65_HS1-834228961_62-HQ-83894_Section_6
Agency: FBI
Page 256
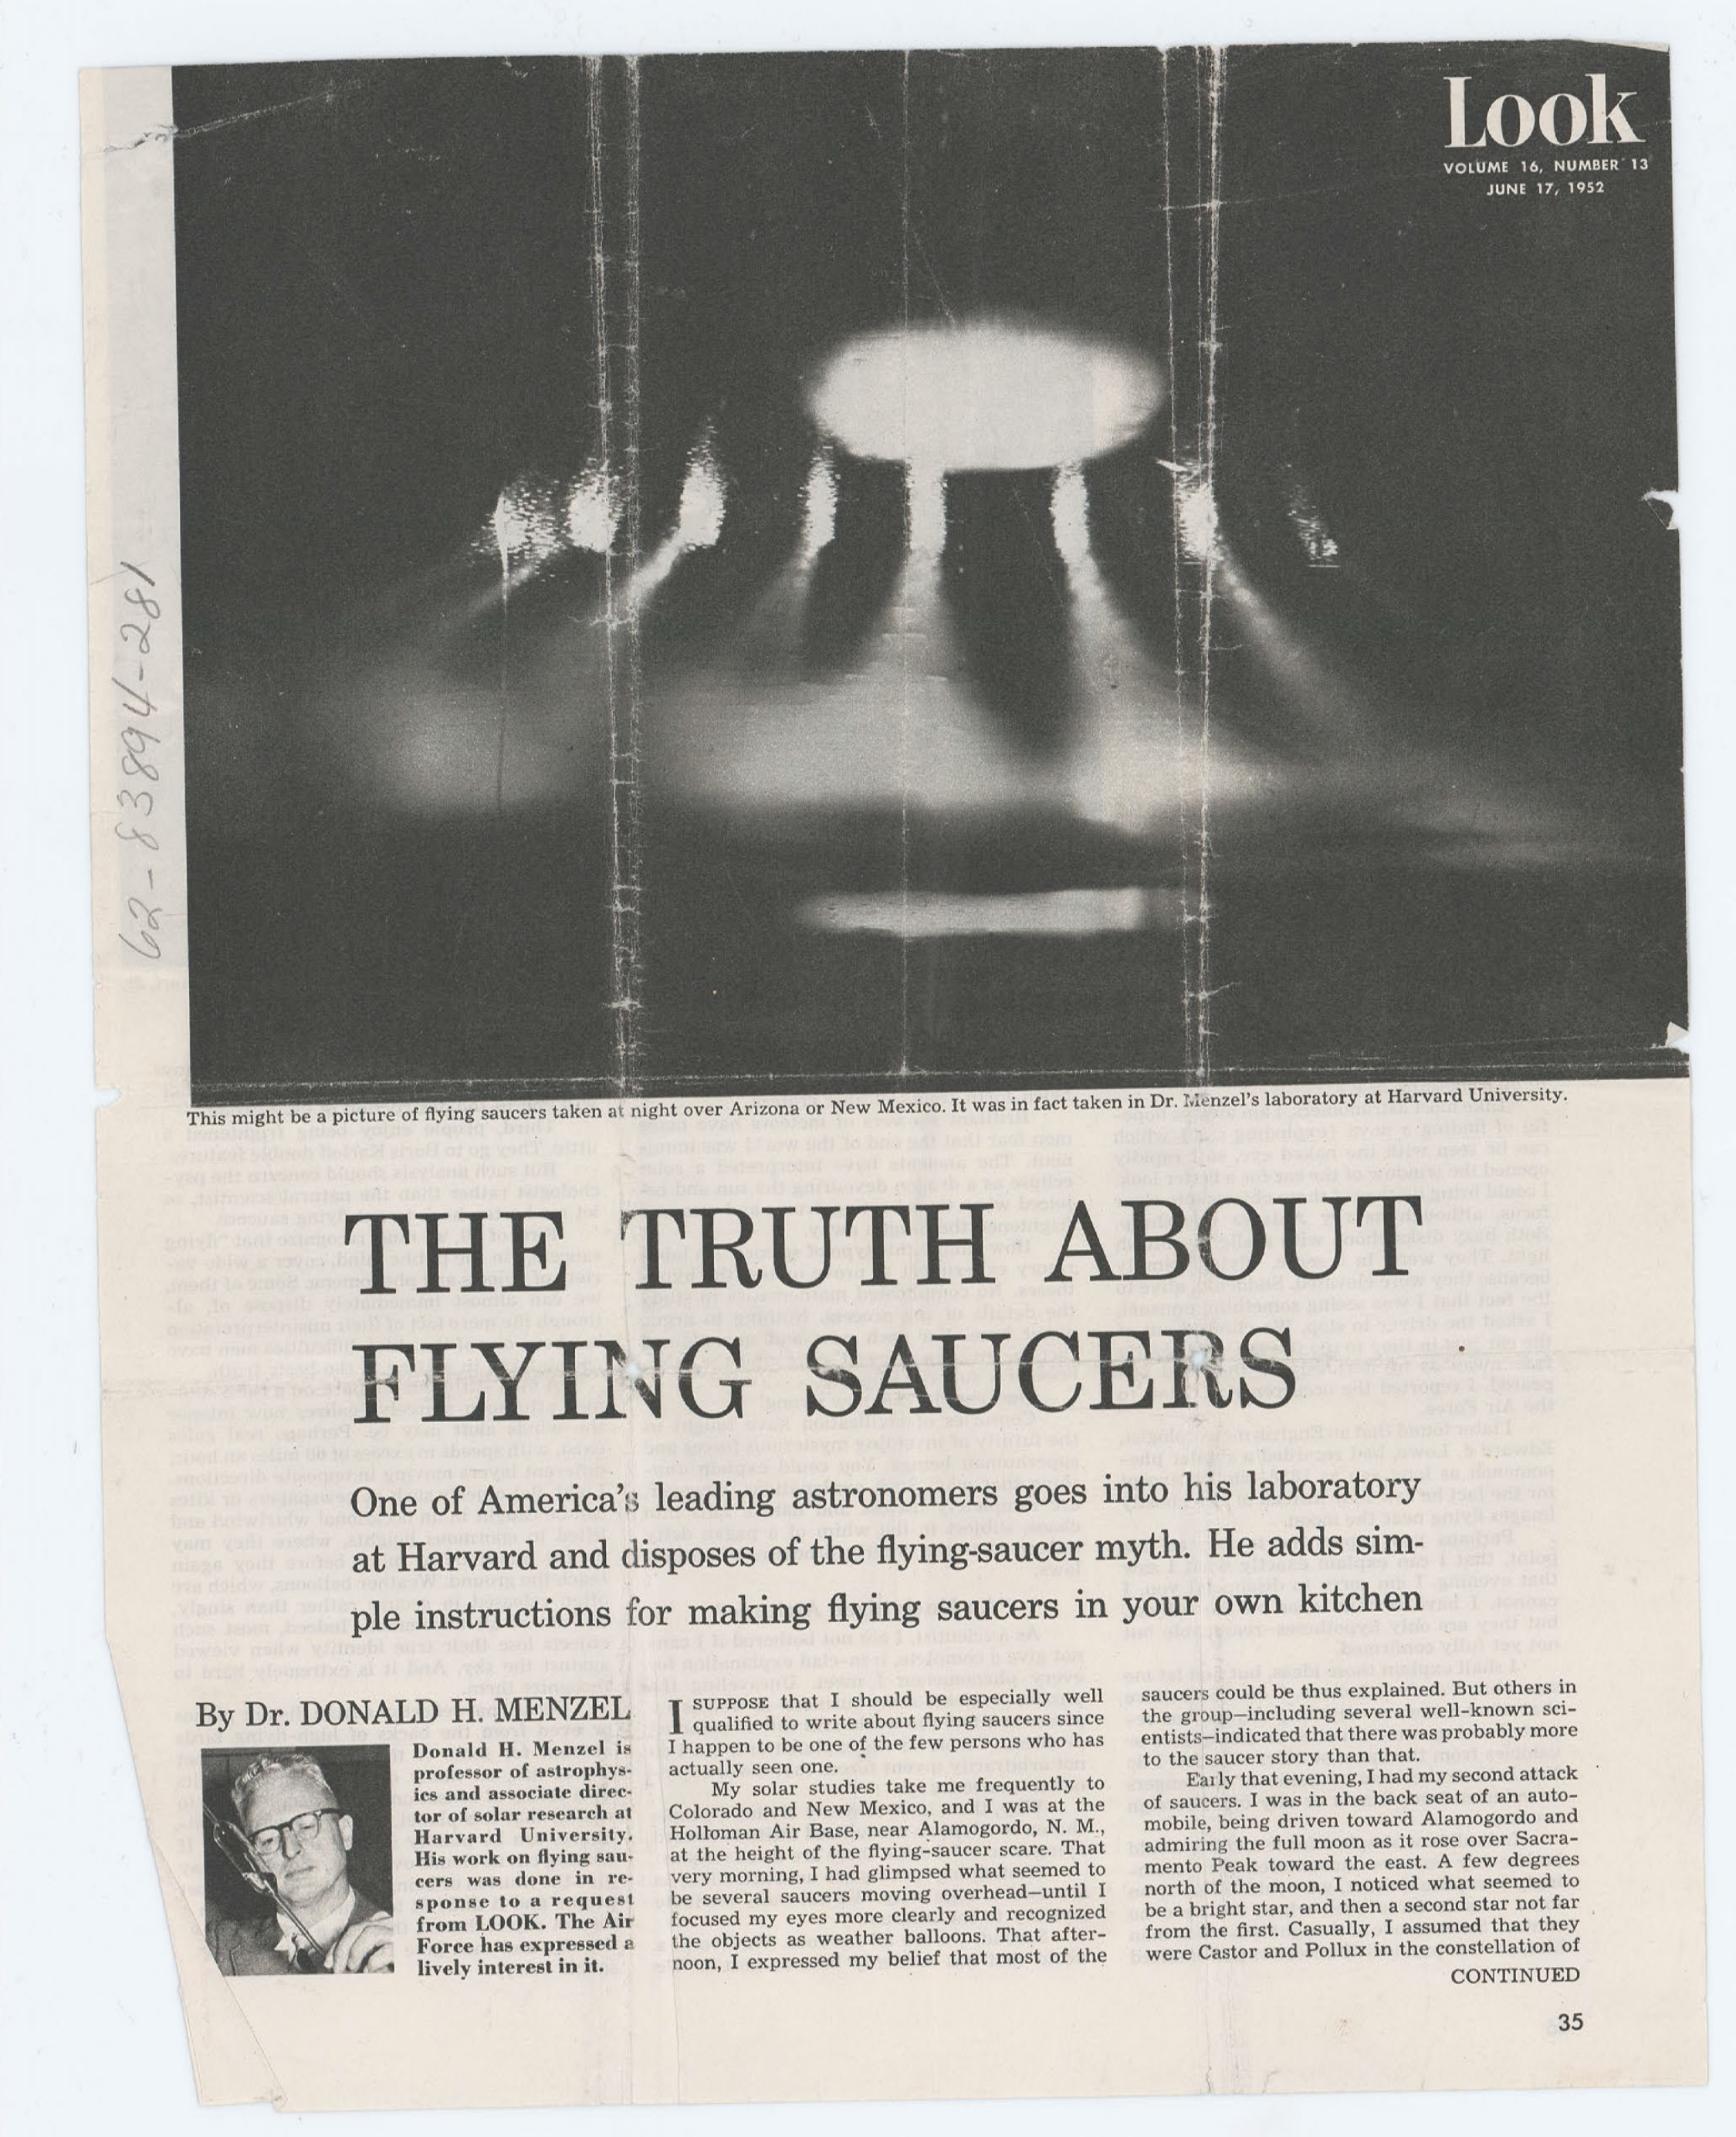